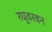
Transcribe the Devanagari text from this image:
रघुवरवन